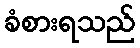
ခံစားရသည်